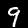
Label: 9